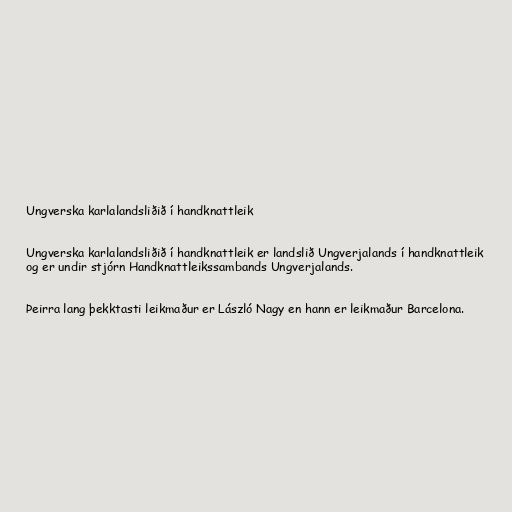
Ungverska karlalandsliðið í handknattleik

Ungverska karlalandsliðið í handknattleik er landslið Ungverjalands í handknattleik
og er undir stjórn Handknattleikssambands Ungverjalands.

Þeirra lang þekktasti leikmaður er László Nagy en hann er leikmaður Barcelona.